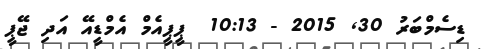
ޑިސެމްބަރު 30